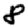
Digit: 8